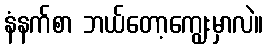
နံနက်စာ ဘယ်တော့ကျွေးမှာလဲ။